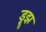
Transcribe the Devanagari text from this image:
ड्रूझ